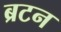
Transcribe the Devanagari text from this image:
ब्रटन